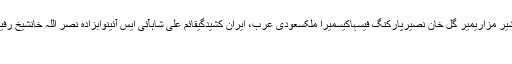
حمید جتوئیعمانوٹس ایپپرنس، نیو یارکعبد الحفیظ کارداربلخ شیر مزاریمیر گل خان نصیرپارکنگ فیسہاکیسمیرا ملکسعودی عرب، ایران کشیدگیقائم علی شاہآئی ایس آئینوابزادہ نصر اللہ خانشیخ رفیق احمدجمیعت علماء اسلامتعلیمعبدالحامد خانشاہ زیب قتلشہید
اسلام آباد(اُردو پوائنٹ اخبار آن لائن۔